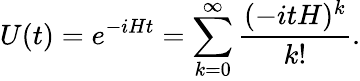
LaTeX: U(t)=e^{-iHt}=\sum_{k=0}^{\infty}\frac{(-itH)^{k}}{k!}.